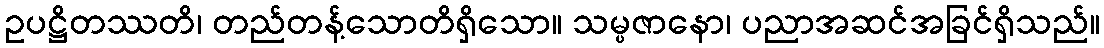
ဥပဋ္ဌိတဿတိ၊ တည်တန့်သောတိရှိသော။ သမ္ပဇာနော၊ ပညာအဆင်အခြင်ရှိသည်။